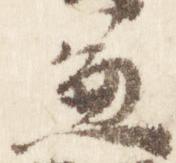
兼